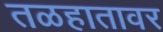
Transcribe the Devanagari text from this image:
तळहातावर